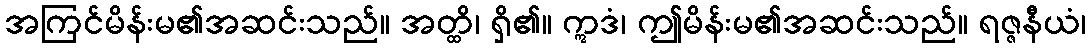
အကြင်မိန်းမ၏အဆင်းသည်။ အတ္ထိ၊ ရှိ၏။ ဣဒံ၊ ဤမိန်းမ၏အဆင်းသည်။ ရဇ္ဇနီယံ၊